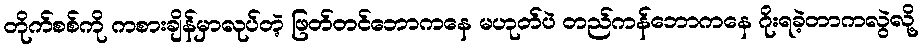
တိုက်စစ်ကို ကစားချိန်မှာလုပ်တဲ့ ဖြတ်တင်ဘောကနေ မဟုတ်ပဲ တည်ကန်ဘောကနေ ဂိုးရခဲ့တာကလွဲလို့